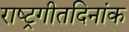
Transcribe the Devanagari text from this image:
राष्ट्रगीतदिनांक